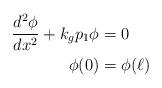
LaTeX: \begin{align*} \frac{d^2\phi}{dx^2}+k_gp_1\phi&=0\\ \phi(0)&=\phi(\ell)\end{align*}